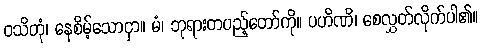
ဝသိတုံ၊ နေစိမ့်သောငှာ။ မံ၊ ဘုရားတပည့်တော်ကို။ ပဟိဏိ၊ စေလွှတ်လိုက်ပါ၏။